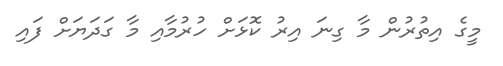
މީގެ އިތުރުން މާ ގިނަ އިރު ކޮޅަށް ހުރުމާއި މާ ގަދަޔަށް ފައި